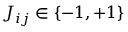
J _ { i j } \in \{ - 1 , + 1 \}